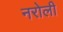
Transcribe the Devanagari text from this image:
नरोली